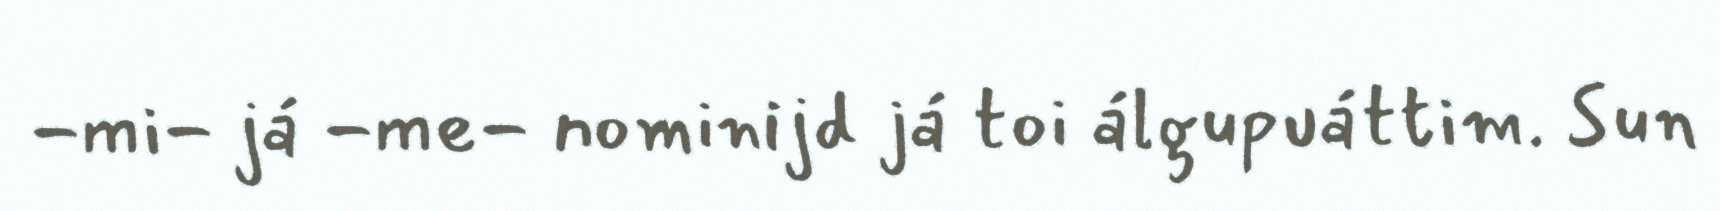
-mi- já -me- nominijd já toi álgupuáttim. Sun